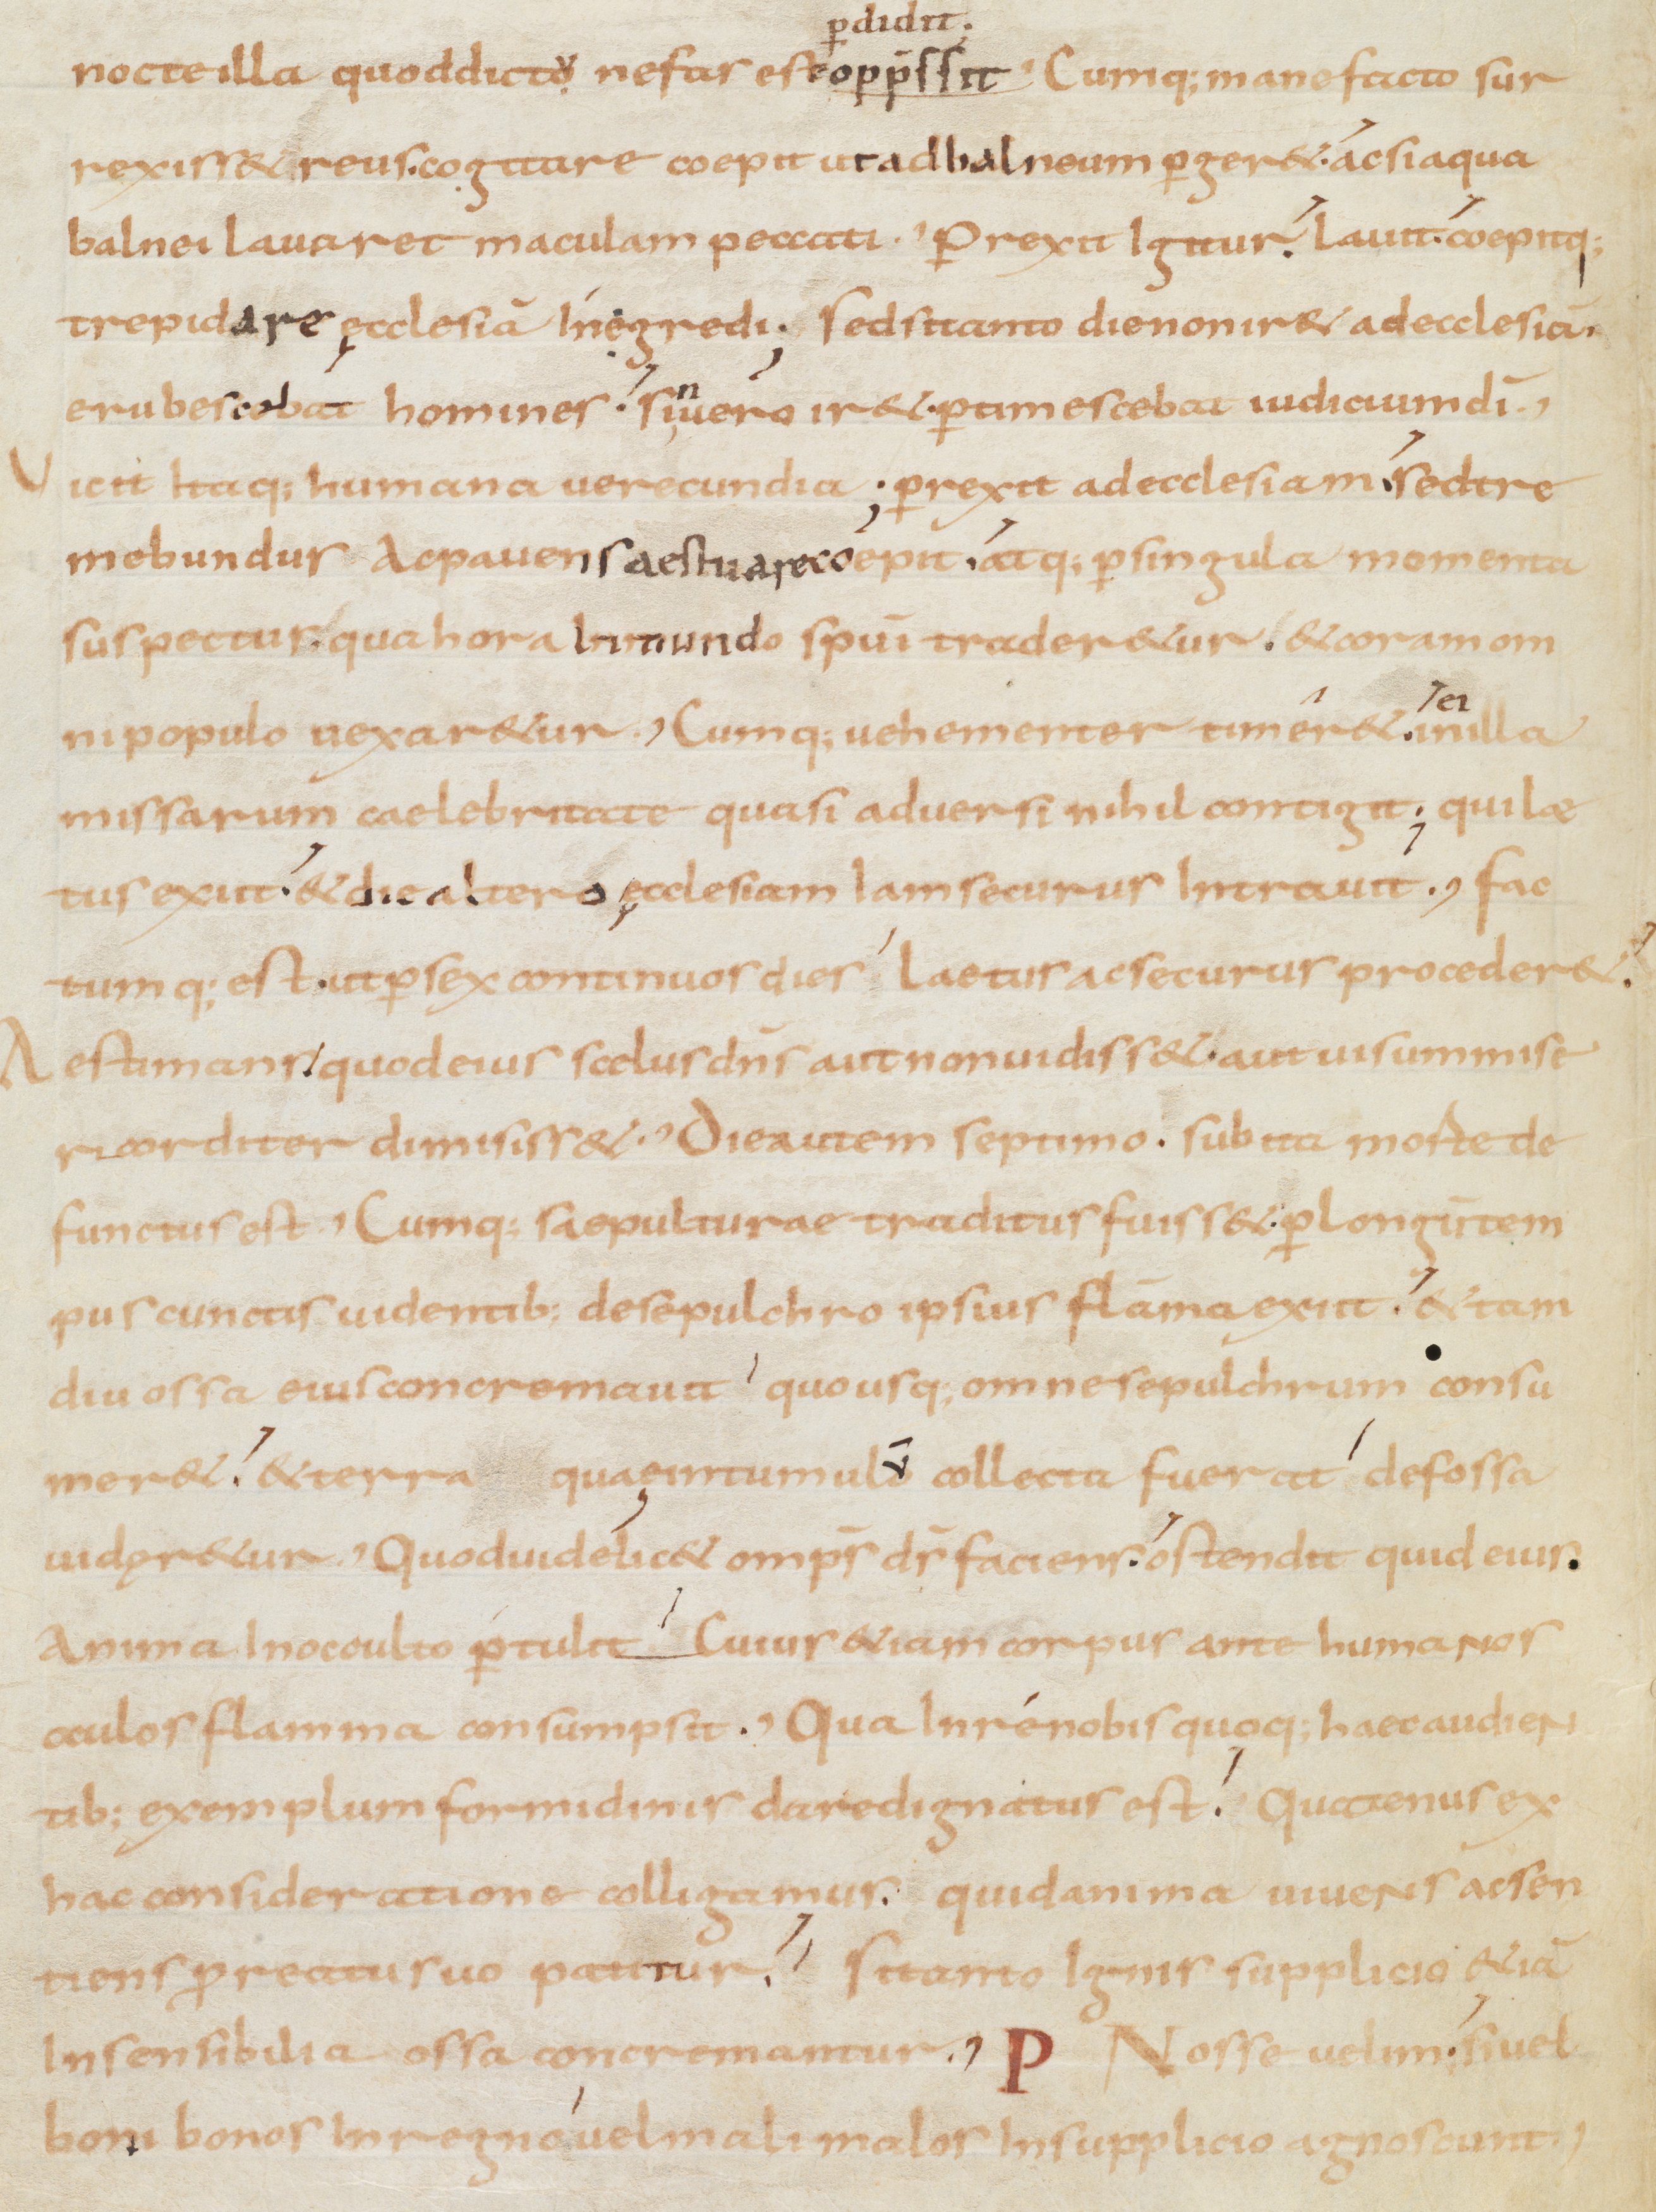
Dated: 900–999